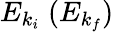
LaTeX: E_{k_{i}}\; (E_{k_{f}})